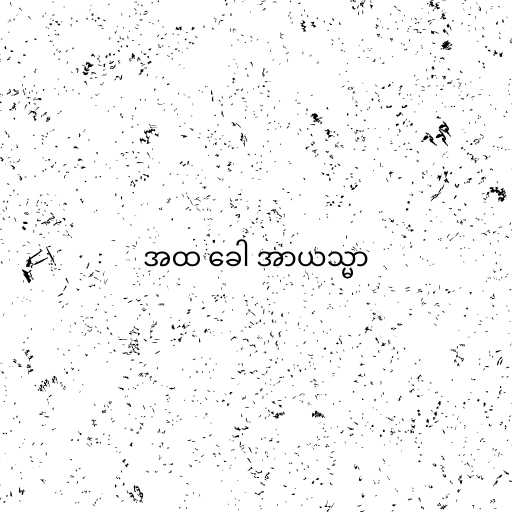
အထ ခေါ အာယသ္မာ